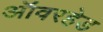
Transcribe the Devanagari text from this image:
ऑवरहेड